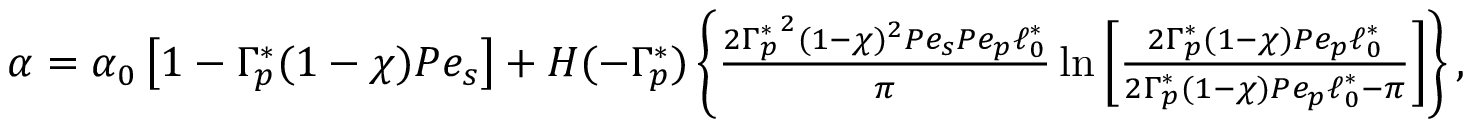
\begin{array} { r } { \alpha = \alpha _ { 0 } \left[ 1 - \Gamma _ { p } ^ { \ast } ( 1 - \chi ) P e _ { s } \right] + H ( - \Gamma _ { p } ^ { \ast } ) \left\{ \frac { { 2 \Gamma _ { p } ^ { \ast } } ^ { 2 } ( 1 - \chi ) ^ { 2 } P e _ { s } P e _ { p } \ell _ { 0 } ^ { \ast } } { \pi } \ln \left[ \frac { 2 \Gamma _ { p } ^ { \ast } ( 1 - \chi ) P e _ { p } \ell _ { 0 } ^ { \ast } } { 2 \Gamma _ { p } ^ { \ast } ( 1 - \chi ) P e _ { p } \ell _ { 0 } ^ { \ast } - \pi } \right] \right\} , } \end{array}